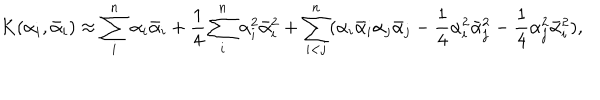
K ( \alpha _ { i } , { \bar { \alpha } } _ { i } ) \approx \sum _ { i } ^ { n } \alpha _ { i } \bar { \alpha } _ { i } + { \frac { 1 } { 4 } } \sum _ { i } ^ { n } \alpha _ { i } ^ { 2 } \bar { \alpha } _ { i } ^ { 2 } + \sum _ { i < j } ^ { n } ( \alpha _ { i } \bar { \alpha } _ { i } \alpha _ { j } \bar { \alpha } _ { j } - { \frac { 1 } { 4 } } \alpha _ { i } ^ { 2 } \bar { \alpha } _ { j } ^ { 2 } - { \frac { 1 } { 4 } } \alpha _ { j } ^ { 2 } \bar { \alpha } _ { i } ^ { 2 } ) ,